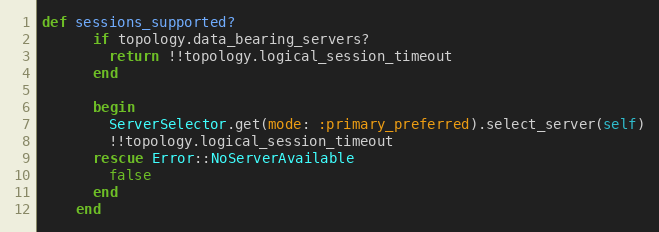
Language: Ruby
def sessions_supported?
      if topology.data_bearing_servers?
        return !!topology.logical_session_timeout
      end

      begin
        ServerSelector.get(mode: :primary_preferred).select_server(self)
        !!topology.logical_session_timeout
      rescue Error::NoServerAvailable
        false
      end
    end